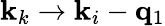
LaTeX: \mathbf{k}_{k}\rightarrow\mathbf{k}_{i}-\mathbf{q}_{1}